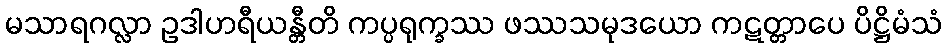
မသာရဂလ္လာ ဥဒါဟရီယန္တီတိ ကပ္ပရုက္ခဿ ဖဿသမုဒယော ကဋတ္တာပေ ပိဋ္ဌိမံသံ